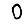
Digit: 0